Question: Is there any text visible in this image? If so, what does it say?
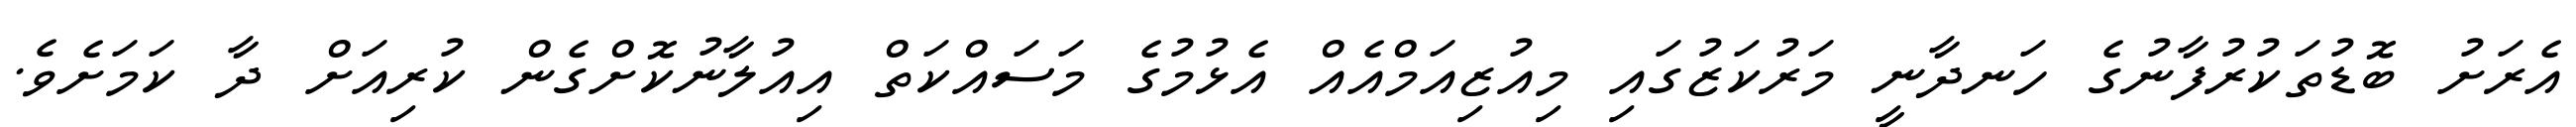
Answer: އެރަށު ބޮޑުތަކުރުފާނުގެ ހަނދާނީ މަރުކަޒުގައި މިއުޒިއަމްއެއް އެޅުމުގެ މަސައްކަތް އިއުލާނުކޮށްގެން ކުރިއަށް ދާ ކަމަށެވެ.